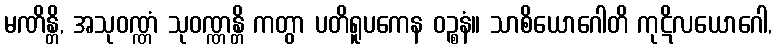
မဏိန္တိ, အသုဝဏ္ဏံ သုဝဏ္ဏန္တိ ကတွာ ပတိရူပကေန ဝဉ္စနံ။ သာစိယောဂေါတိ ကုဋိလယောဂေါ,